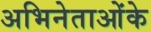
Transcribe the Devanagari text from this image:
अभिनेताओंके